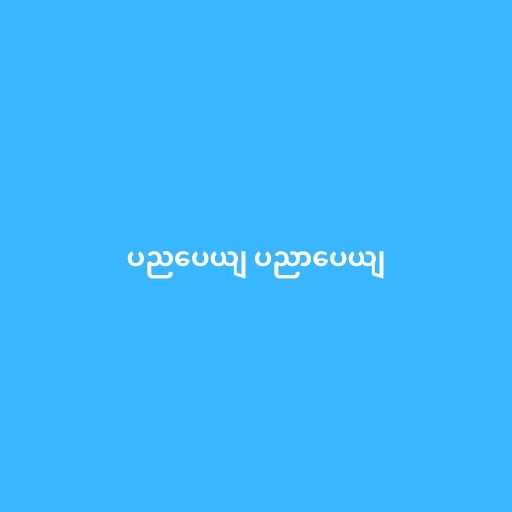
ပညပေယျ ပညာပေယျ